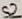
Text: S2